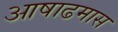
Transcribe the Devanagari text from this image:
आषाढमास